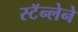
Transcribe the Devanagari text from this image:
स्टॅन्लेने